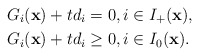
\begin{align*}G_{i}(\mathbf{x})+td_{i}&=0,i\in I_{+}(\mathbf{x}),\\G_{i}(\mathbf{x})+td_{i}&\geq0,i\in I_{0}(\mathbf{x}).\end{align*}